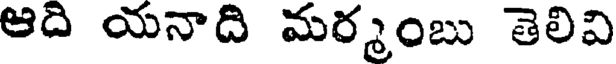
ఆది యనాది మర్మంబు తెలివి